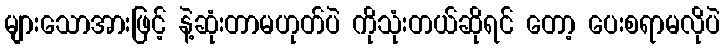
များသောအားဖြင့် နဲ့ဆုံးတာမဟုတ်ပဲ ကိုသုံးတယ်ဆိုရင် တော့ ပေးစရာမလိုပဲ